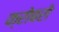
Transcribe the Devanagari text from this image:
क्रोबरो